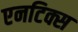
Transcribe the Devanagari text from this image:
एनटिक्स